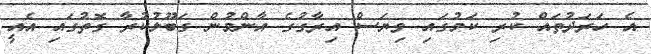
އެ ހަރަދުތައް ކުރި ކަމުގައި ވިޔަސް އިރާގުގެ އާންމުން ގަބޫލުކުރާ ގޮތުގައި އެއީ